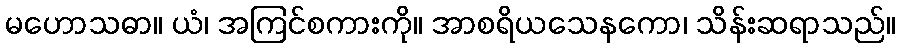
မဟောသဓာ။ ယံ၊ အကြင်စကားကို။ အာစရိယသေနကော၊ သိန်းဆရာသည်။